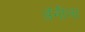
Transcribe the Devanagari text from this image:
अॅनीला